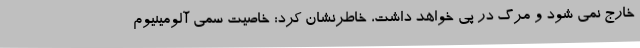
خارج نمی شود و مرگ در پی خواهد داشت، خاطرنشان کرد: خاصیت سمی آلومینیوم